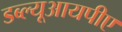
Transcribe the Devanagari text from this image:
डब्ल्यूआयपीए